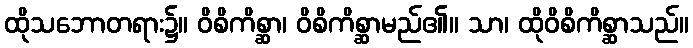
ထိုသဘောတရား၌။ ဝိစိကိစ္ဆာ၊ ဝိစိကိစ္ဆာမည်၏။ သာ၊ ထိုဝိစိကိစ္ဆာသည်။